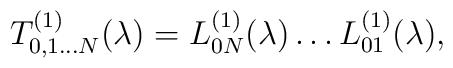
T^{(1)}_{0,1\dots N} (\lambda) =           L_{0N}^{(1)}(\lambda)\dots L_{01}^{(1)}(\lambda),